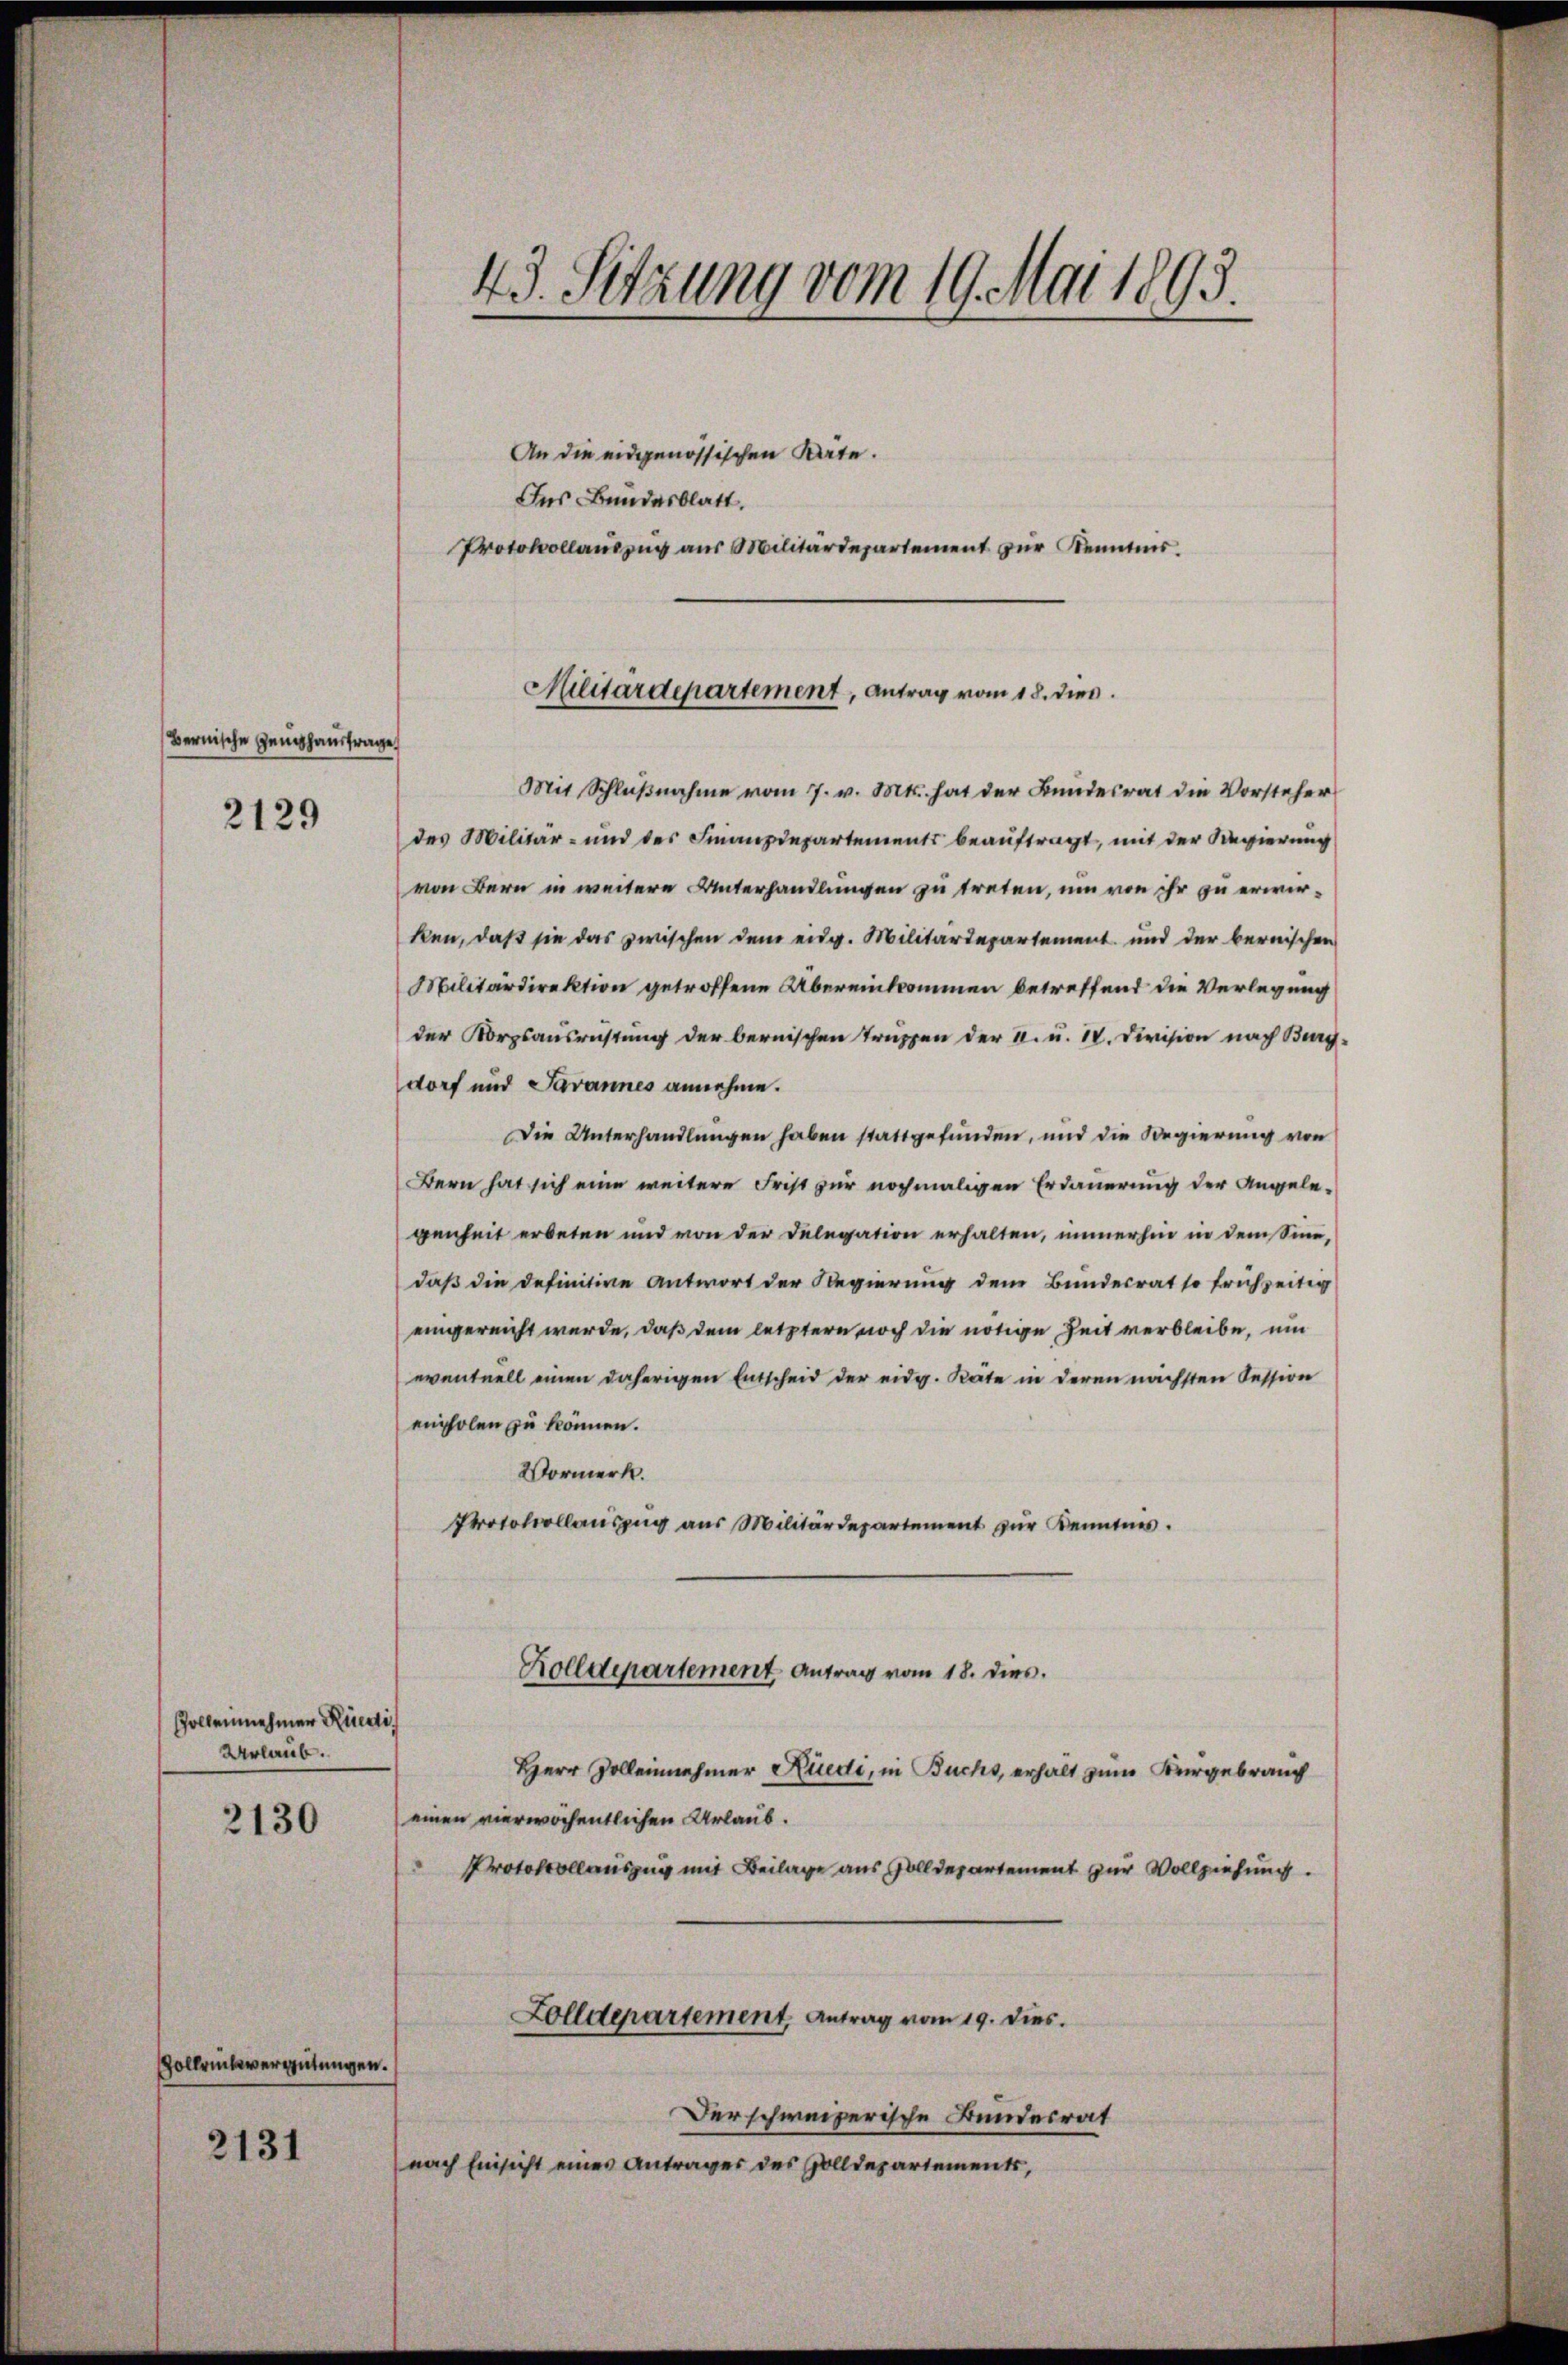
Bernische Genehaustrage

2129

Zolleinehmer Rüedi
Urlaub.

2130

Hollrückvergütungen.
2131

43. Sitzung vom 19. Mai 1893.

Militärdepartement, Antrag vom 18. dies

Mit Schlŭβnahme vom 7. v. Mts. hat der Bundesrat die Vorsteher
des Militär- und des Finanzdepartements beauftragt, mit der Regierung
von Bern in weitere Unterhandlungen zu treten, um von ihr zu erwirken, daß sie das zwischen dem eidg. Militärdepartement und der bernischen
Militärdirektion getroffene Übereinkommen betreffend die Verlegung
der Korpsausrichtung der bernischen Truppen der I. u. IV. Division nach Berg-
dorf und Javannes annehme.
Die Unterhandlungen haben stattgefunden, und die Regierung von
Bern hat sich eine weitere Frist zur nochmaligen Erdauerung der Angelegenheit erbeten und von der Delegation erhalten, immerhin in dem Sinn,
daß die definitive Antwort der Regierung dem Bundesrat so frühzeitig
eingereicht werde, daß dem letztere noch die nötige Zeit verbleibe, um
eventuell einen daherigen Entscheid der eidg. Räte in deren nächsten Cession
einholen zu können.
Vormerk.
Protokollauszug aus Militärdepartement zur Kenntnis.
Rolldepartement, Antrag vom 18. dies.
Herr Zolleinehmer Rüedi, in Buchs, erhalt zum Bergebrauch
einen vierwöchentlichen Urlaub.
Protokollauszug mit Beilage aus Solldepartement zur Vollziehung.
Zolldepartement, Antrag vom 19. dies.
Derschweizerische Bundesrat
nach Einsicht eines Antrages des Zolldepartements,

An die eidgenössischen Säte.
Ins Bundesblatt.
Protokollauszug aus Militärdepartement zur Kenntnis.